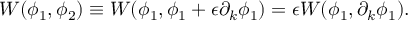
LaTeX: W ( \phi _ { 1 } , \phi _ { 2 } ) \equiv W ( \phi _ { 1 } , \phi _ { 1 } + \epsilon \partial _ { k } \phi _ { 1 } ) = \epsilon W ( \phi _ { 1 } , \partial _ { k } \phi _ { 1 } ) .